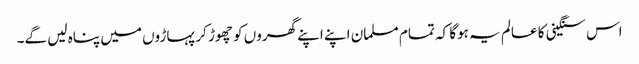
اس سنگینی کا عالم یہ ہوگا کہ تمام مسلمان اپنے اپنے گھروں کو چھوڑ کر پہاڑوں میں پناہ لیں گے۔